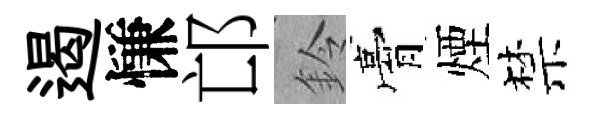
遏慊邙鈴膏煙禁